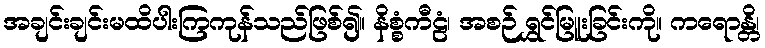
အချင်းချင်းမထိပါးကြကုန်သည်ဖြစ်၍။ နိစ္စံကီဠံ၊ အစဉ် ရွှင်မြူးခြင်းကို။ ကရောန္တိ၊